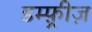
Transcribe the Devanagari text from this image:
डम्फ़्रीज़